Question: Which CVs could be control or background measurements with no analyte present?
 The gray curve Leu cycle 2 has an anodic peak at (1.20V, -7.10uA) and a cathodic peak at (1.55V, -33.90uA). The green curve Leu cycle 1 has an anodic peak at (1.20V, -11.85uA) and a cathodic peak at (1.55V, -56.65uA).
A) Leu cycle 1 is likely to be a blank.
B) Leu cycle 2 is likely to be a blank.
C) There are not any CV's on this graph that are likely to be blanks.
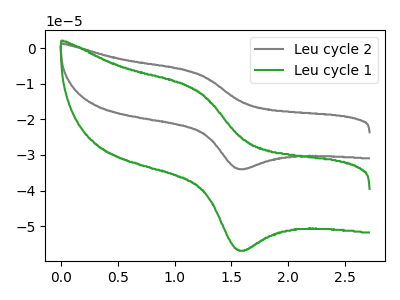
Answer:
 <answer>C) There are not any CV's on this graph that are likely to be blanks.</answer>
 <eval>C</eval>